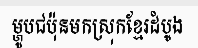
ម្ហូបជប៉ុនមកស្រុកខ្មែរដំបូង